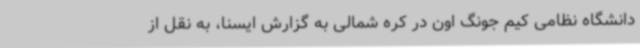
دانشگاه نظامی کیم جونگ اون در کره شمالی به گزارش ایسنا، به نقل از